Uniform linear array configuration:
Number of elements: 64
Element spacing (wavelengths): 0.25
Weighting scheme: blackman
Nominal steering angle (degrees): -15
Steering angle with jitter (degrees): -15.367
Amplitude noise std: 0.05
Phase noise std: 0.05

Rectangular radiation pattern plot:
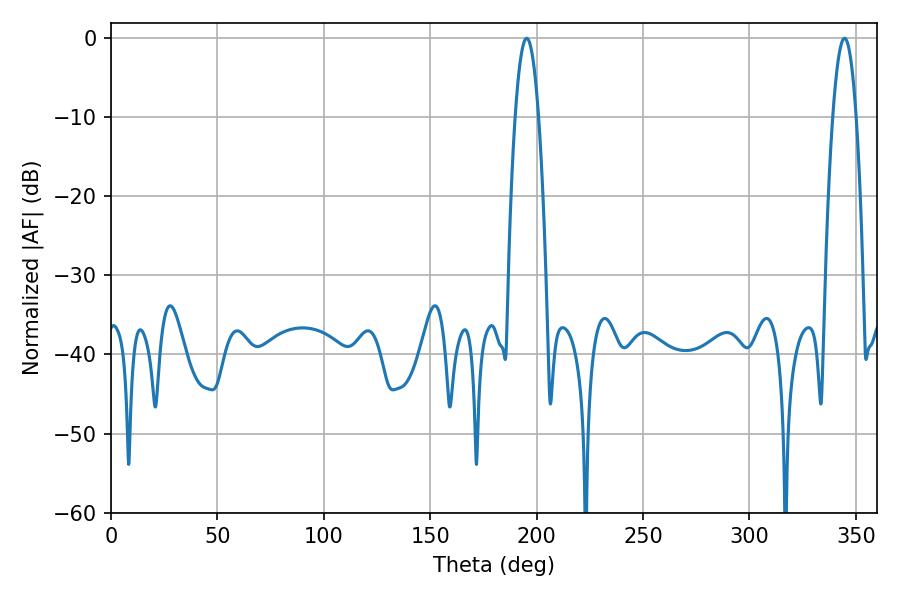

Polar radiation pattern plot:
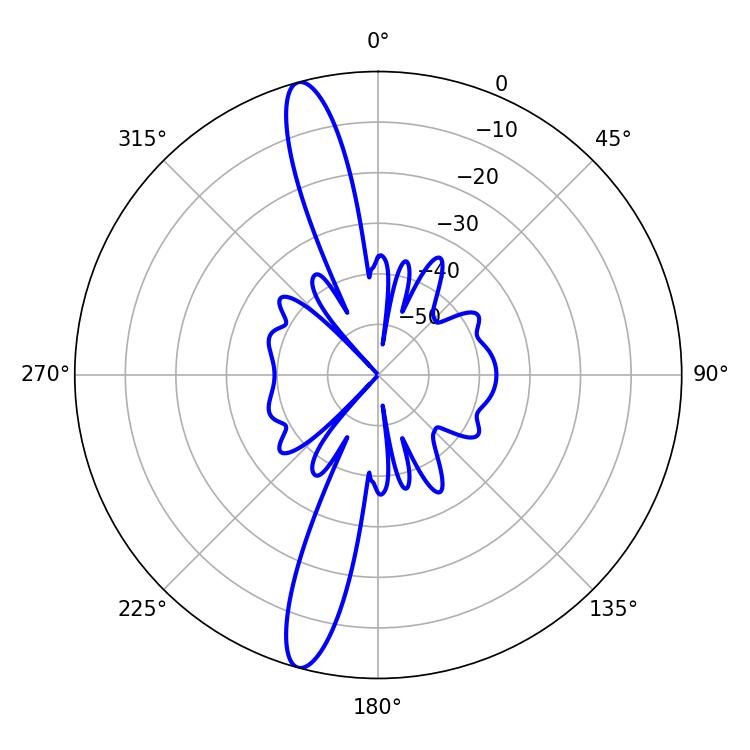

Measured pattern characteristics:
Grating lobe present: FALSE
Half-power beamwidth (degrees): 6.12
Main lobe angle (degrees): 195.3